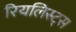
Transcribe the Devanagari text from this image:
रियलिस्ट्स